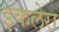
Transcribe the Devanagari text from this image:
इकलेरा